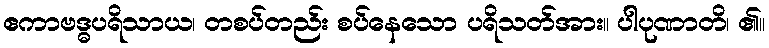
ဧကာဗဒ္ဓပရိသာယ၊ တစပ်တည်း စပ်နေသော ပရိသတ်အား။ ပါပုဏာတိ၊ ၏။